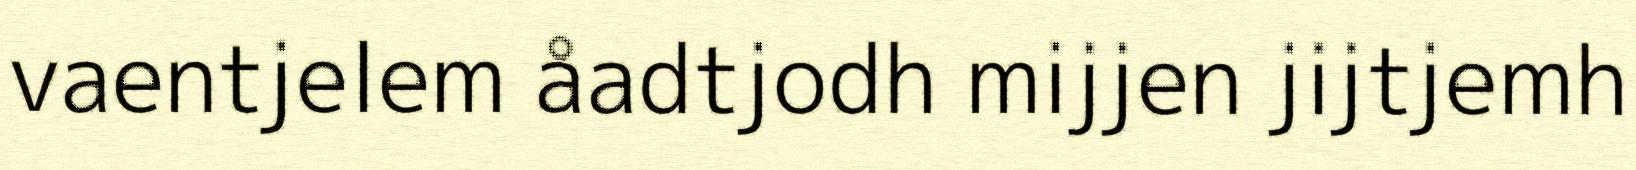
vaentjelem åadtjodh mijjen jijtjemh